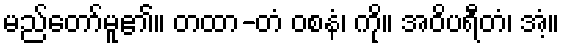
မည်တော်မူ၏။ တထာ-တံ ဝစနံ၊ ကို။ အဝိပရီတံ၊ အံ့။